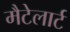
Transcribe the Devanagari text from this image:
मैटेलार्ट